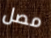
مصل